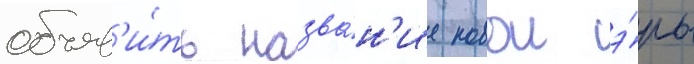
объяв'и́ть назва́н'ие новои э́ры